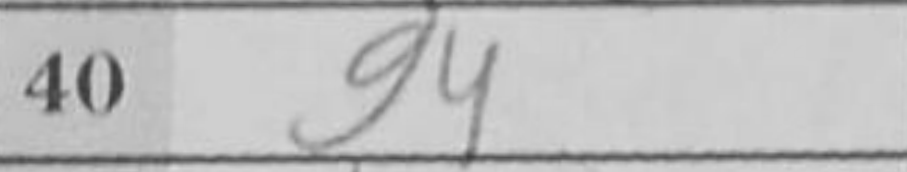
Transcription: g4